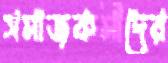
সমাজকর্মীদের